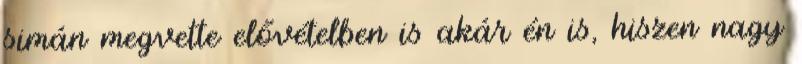
simán megvette elővételben is akár én is, hiszen nagy